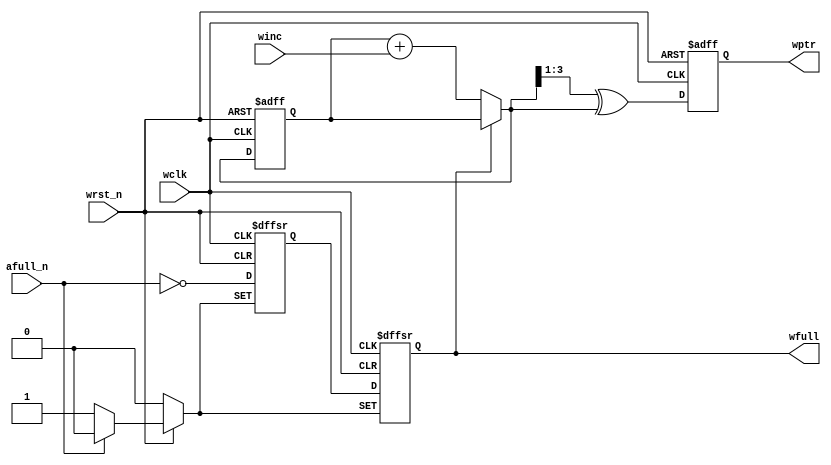
module WPTR_FULL #(parameter ASIZE = 4)
(
input                          wclk,             //write clock
input                          wrst_n,           //write reset
input                          winc,             //write enable
input                          afull_n,          //almost full

output  reg    [ASIZE-1:0]     wptr,             //updated write address
output  reg                    wfull             //fifo full
);

reg                            afull_d1;         //delay one clock cycle for almost full

reg            [ASIZE-1:0]     wbin;             //binary address
wire           [ASIZE-1:0]     wbnext;           //next binary address
wire           [ASIZE-1:0]     wgnext;           //next gray code address

always @(posedge wclk or negedge wrst_n)
	if(wrst_n == 1'b0)
		begin
			wbin <= 0;
			wptr <= 0;
		end
	else
		begin
			wbin <= wbnext;
			wptr <= wgnext;
		end

assign wbnext = (wfull == 1'b0) ? (wbin + winc) : wbin; //update write address if fifo not full and write enable
assign wgnext = (wbnext>>1) ^ wbnext;                   //binary to gray code

always @(posedge wclk or negedge wrst_n or negedge afull_n)
	if(wrst_n == 1'b0)
		{wfull, afull_d1} <= 2'b00;
    else if(afull_n == 1'b0)
		{wfull, afull_d1} <= 2'b11;
    else
		{wfull, afull_d1} <= {afull_d1, ~afull_n};

endmodule